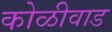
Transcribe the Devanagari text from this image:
कोळीवाड